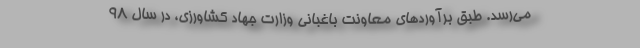
می‌رسد. طبق برآوردهای معاونت باغبانی وزارت جهاد کشاورزی، در سال ۹۸